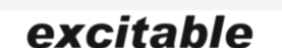
excitable